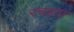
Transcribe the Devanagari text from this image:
रचइता